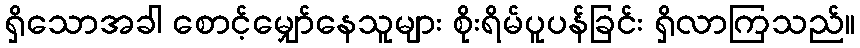
ရှိသောအခါ စောင့်မျှော်နေသူများ စိုးရိမ်ပူပန်ခြင်း ရှိလာကြသည်။